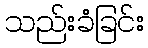
သည်းခံခြင်း